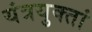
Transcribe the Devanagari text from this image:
यंत्रयुक्तां